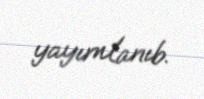
yayımlanıb.